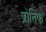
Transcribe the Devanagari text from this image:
प्रोतिफ